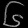
Digit: ၆